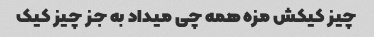
چیز کیکش مزه همه چی میداد به جز چیز کیک